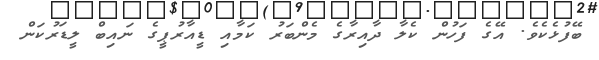
ބޭފުޅެކެވެ. އޭގެ ފަހުން ކެލާ ދާއިރާގެ މެންބަރު ކަމާއި ޑީއާރުޕީގެ ނައިބް ލީޑަރުކަން